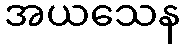
အယသေန